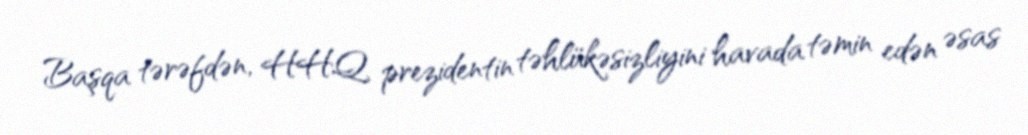
Başqa tərəfdən, HHQ prezidentin təhlükəsizliyini havada təmin edən əsas